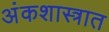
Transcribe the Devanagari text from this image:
अंकशास्त्रात